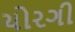
ચોરગી